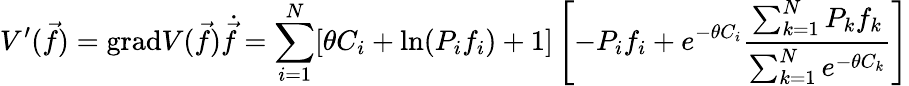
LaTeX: V^{\prime}(\vec{f})=\mathrm{grad}V(\vec{f})\dot{\vec{f}}=\sum_{i=1}^{N}[\theta C_{i}+\mathrm{ln}(P_{i}f_{i})+1]\left[-P_{i}f_{i}+e^{-\theta C_{i}}\frac{\sum_{k=1}^{N}P_{k}f_{k}}{\sum_{k=1}^{N}e^{-\theta C_{k}}}\right]